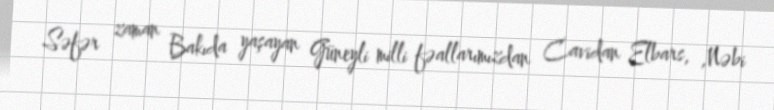
Səfər zaman Bakıda yaşayan Güneyli milli fəallarımızdan Cavidan Elbars, ,Nəbi